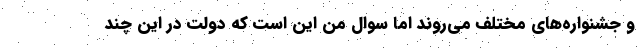
و جشنواره‌های مختلف می‌روند اما سوال من این است که دولت در این چند